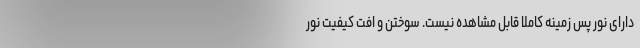
دارای نور پس زمینه کاملاً قابل مشاهده نیست. سوختن و افت کیفیت نور